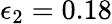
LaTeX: \epsilon_{2}=0.18